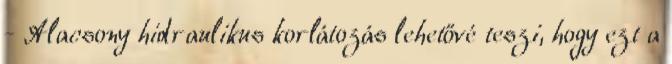
- Alacsony hidraulikus korlátozás lehetővé teszi, hogy ezt a